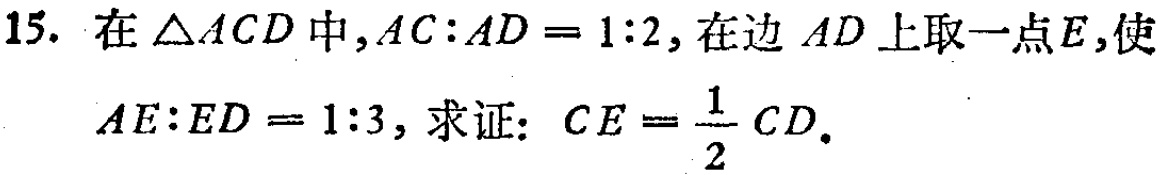
15. 在\(\triangle ACD\)中，\(AC:AD = 1:2\)，在边 \(AD\)上取一点\(E\)，使\(AE:ED = 1:3\)，求证：\(CE=\frac{1}{2}CD\)。